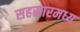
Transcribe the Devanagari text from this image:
सहस्रारमध्य